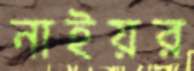
নাইয়র